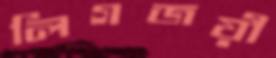
লিগজয়ী